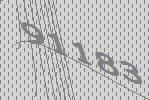
91183